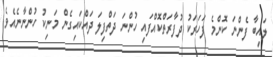
ލައިބާ ފެންނަ ކޮންމެ ފަހަރަކު ދުފާރަތްކޮއްފައި ހުންނަ ދަތްފިލަ ދައްކައިގެން މަނިކު ހުންނާނެއެވެ.